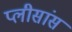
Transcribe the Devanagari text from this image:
प्लीसांस